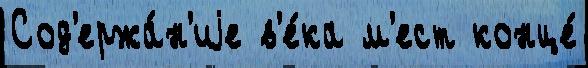
Сод'ержа́н'иjе в'е́ка м'ест конце́